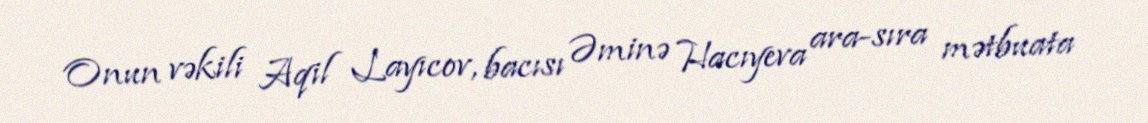
Onun vəkili Aqil Layıcov, bacısı Əminə Hacıyeva ara-sıra mətbuata